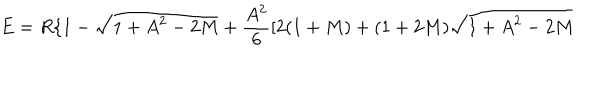
LaTeX: E = R \{ 1 - \sqrt { 1 + A ^ { 2 } - 2 M } + \frac { A ^ { 2 } } { 6 } [ 2 ( 1 + M ) + ( 1 + 2 M ) \sqrt { 1 + A ^ { 2 } - 2 M }